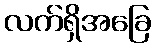
လက်ရှိအခြေ